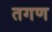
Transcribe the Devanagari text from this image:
तगण